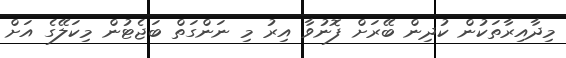
މިދާއިރާތަކުން ކުދިން ބޭރަށް ފޮނުވާ އިރު މި ނަންގަތް ބަޖެޓުން މިކަލޭގެ އަށް